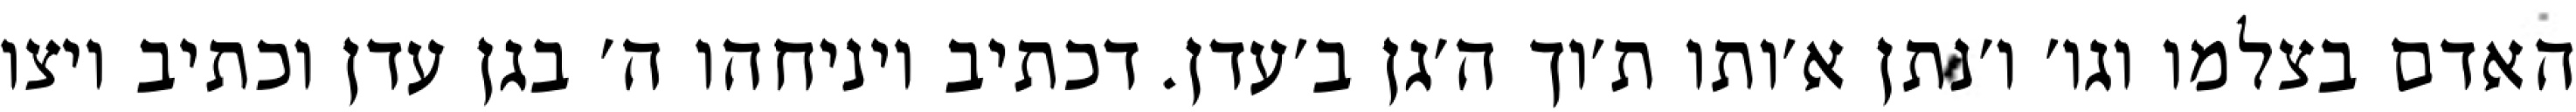
האדם בצלמו וגו׳ ו׳נתן א׳ותו ת׳וך ה׳גן ב׳עדן. דכתיב ויניחהו ה׳ בגן עדן וכתיב ויצו